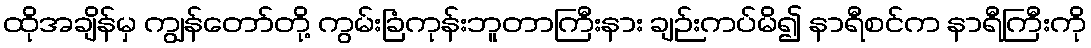
ထိုအချိန်မှ ကျွန်တော်တို့ ကွမ်းခြံကုန်းဘူတာကြီးနား ချဉ်းကပ်မိ၍ နာရီစင်က နာရီကြီးကို